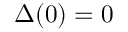
\Delta ( 0 ) = 0